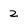
Character: 2